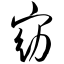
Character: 窈